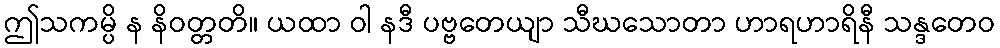
ဤသကမ္ပိ န နိဝတ္တတိ။ ယထာ ဝါ နဒီ ပဗ္ဗတေယျာ သီဃသောတာ ဟာရဟာရိနီ သန္ဒတေဝ